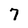
Character: 7